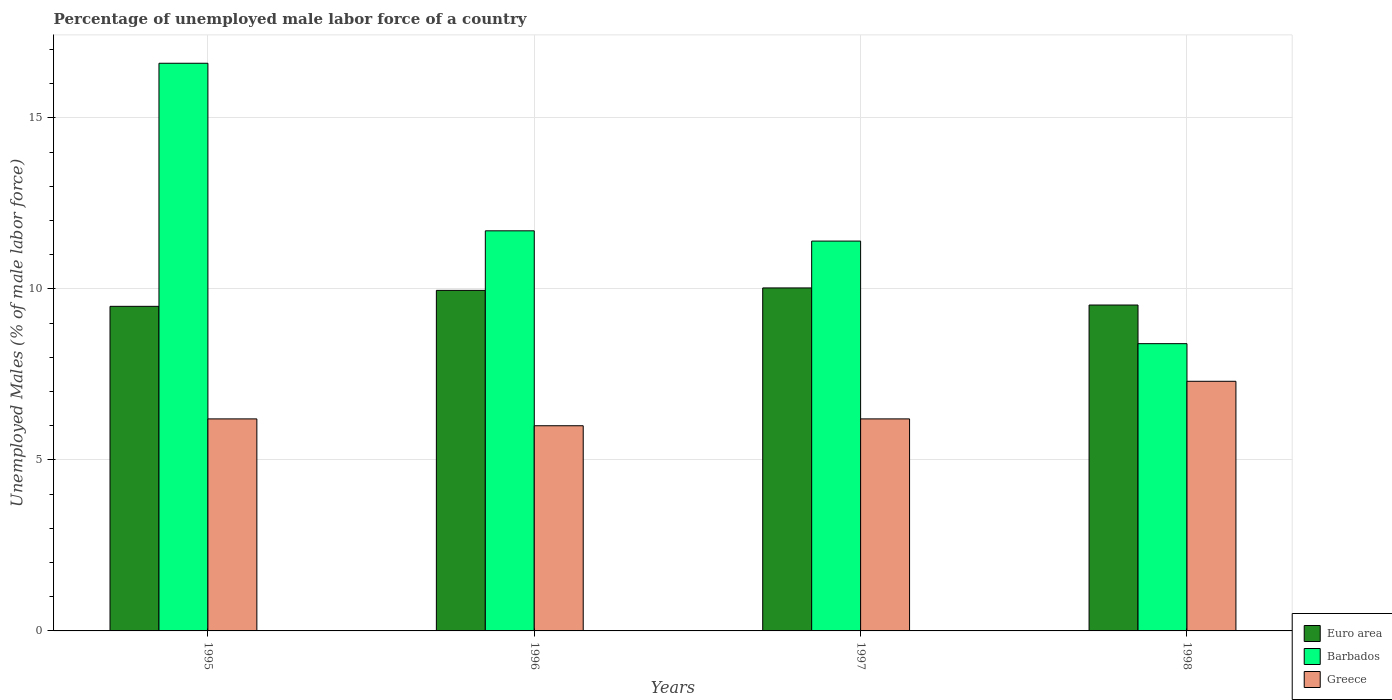
| Years | Euro area | Barbados | Greece |
 | --- | --- | --- | --- |
 | 1995 | 9.49 | 16.6 | 6.2 |
 | 1996 | 9.96 | 11.7 | 6 |
 | 1997 | 10 | 11.4 | 6.2 |
 | 1998 | 9.53 | 8.4 | 7.3 |